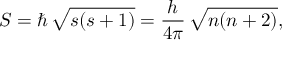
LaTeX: S = \hbar \, { \sqrt { s ( s + 1 ) } } = { \frac { h } { 4 \pi } } \, { \sqrt { n ( n + 2 ) } } ,